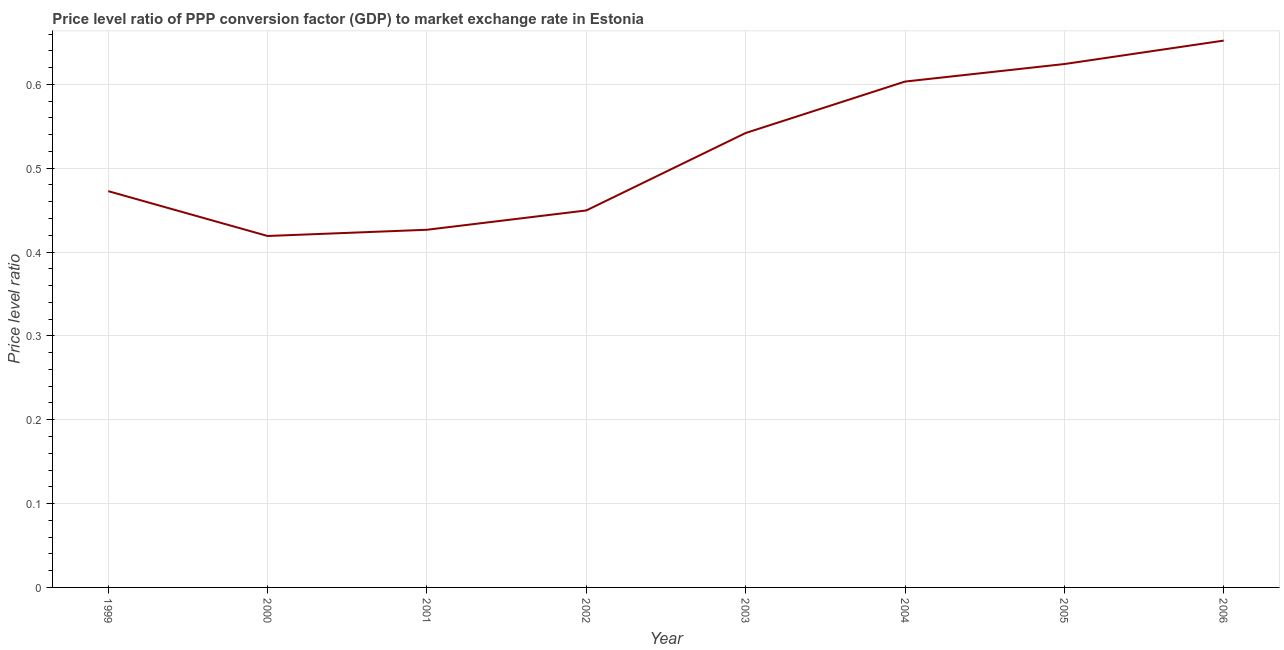
| Year | Price level ratio |
 | --- | --- |
 | 1999 | 0.473 |
 | 2000 | 0.419 |
 | 2001 | 0.427 |
 | 2002 | 0.45 |
 | 2003 | 0.542 |
 | 2004 | 0.603 |
 | 2005 | 0.624 |
 | 2006 | 0.652 |